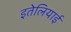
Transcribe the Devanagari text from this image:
इतेलियाई